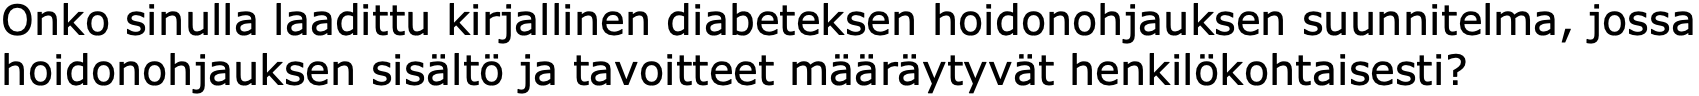
Onko sinulla laadittu kirjallinen diabeteksen hoidonohjauksen suunnitelma, jossa hoidonohjauksen sisältö ja tavoitteet määräytyvät henkilökohtaisesti?